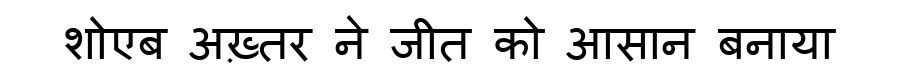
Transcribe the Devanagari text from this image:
शोएब अख़्तर ने जीत को आसान बनाया